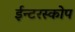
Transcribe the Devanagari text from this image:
ईन्टरस्कोप